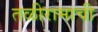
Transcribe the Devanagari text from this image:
तळीरामाची